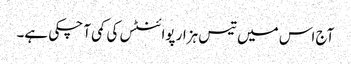
آج اس میں تیس ہزار پوائنٹس کی کمی آ چکی ہے۔